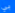
بي